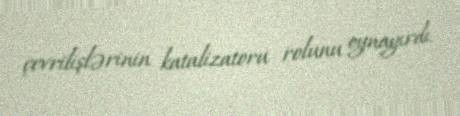
çevrilişlərinin katalizatoru rolunu oynayırdı.